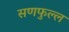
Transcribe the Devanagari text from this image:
सणफुल्ल